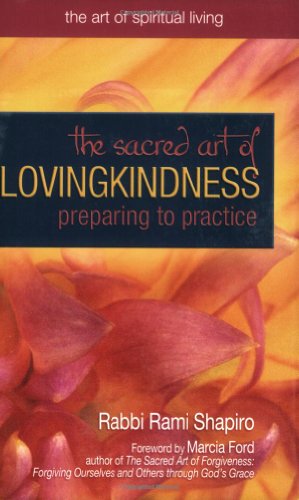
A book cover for The Sacred Art of Lovingkindness: Preparing to Practice (The Art of Spiritual Living); Rami M. Shapiro; Self-Help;